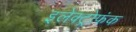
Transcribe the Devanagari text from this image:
इलेक्ट्रोफंक